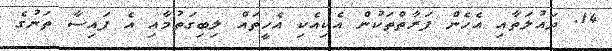
14. ދައުލަތާއި އެހެން ފަރާތްތަކުން އެކިއެކި އެހީތައް ލިބިގަތުމާއި އެ ފައިސާ ތަނުގެ